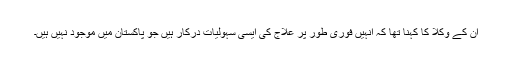
ان کے وکلا کا کہنا تھا کہ انہیں فوری طور پر علاج کی ایسی سہولیات درکار ہیں جو پاکستان میں موجود نہیں ہیں۔